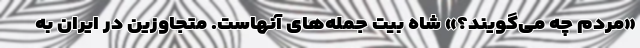
«مردم چه می‌گویند؟» شاه بیت جمله‌های آنهاست. متجاوزین در ایران به